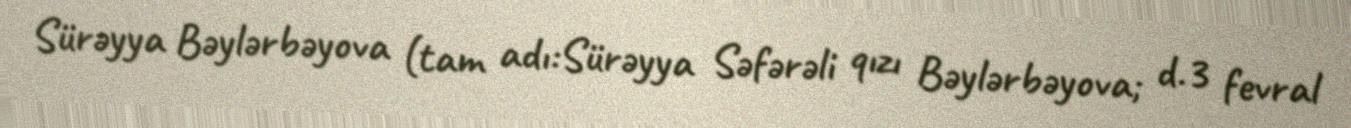
Sürəyya Bəylərbəyova (tam adı:Sürəyya Səfərəli qızı Bəylərbəyova; d.3 fevral